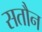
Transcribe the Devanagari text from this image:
सतौन